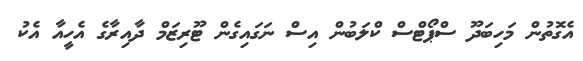
އެގޮތުން މަހިބަދޫ ސްޕޯޓްސް ކްލަބުން އިސް ނަގައިގެން ޓޫރިޒަމް ދާއިރާގެ އެހީއާ އެކު